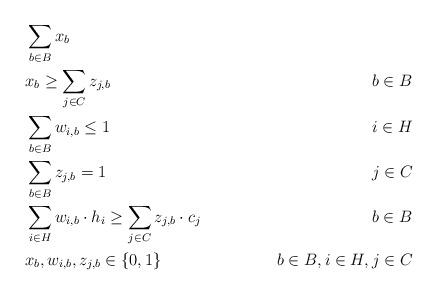
LaTeX: \begin{align*} & \sum_{b\in B} x_b \\& x_b \geq \sum_{j\in C} z_{j,b} & b\in B \\ & \sum_{b\in B} w_{i,b} \leq 1 & i\in H \\& \sum_{b\in B} z_{j,b} = 1 & j\in C \\& \sum_{i\in H} w_{i,b} \cdot h_i \geq \sum_{j\in C} z_{j,b} \cdot c_j & b\in B \\& x_b, w_{i,b}, z_{j,b}\in\{0,1\} & b\in B, i\in H, j\in C \end{align*}